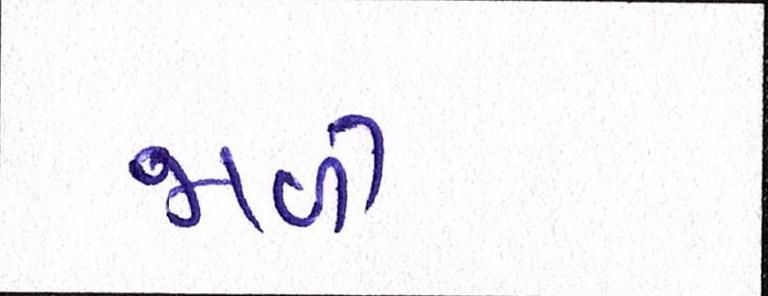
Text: જાળી